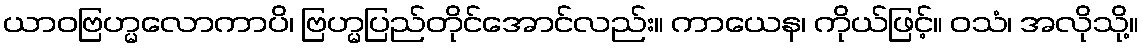
ယာဝဗြဟ္မလောကာပိ၊ ဗြဟ္မပြည်တိုင်အောင်လည်း။ ကာယေန၊ ကိုယ်ဖြင့်။ ဝသံ၊ အလိုသို့။